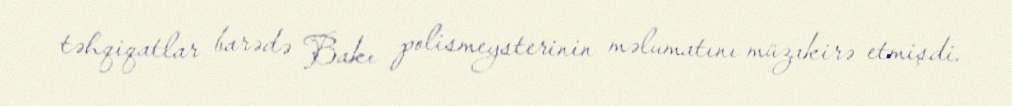
təhqiqatlar barədə Bakı polismeysterinin məlumatını müzakirə etmişdi.